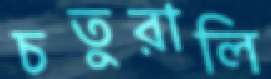
চতুরালি